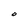
Character: O